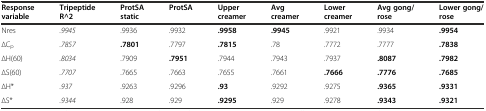
<table><thead><tr><td><b>Response variable</b></td><td><b>Tripeptide R^2</b></td><td><b>ProtSA static</b></td><td><b>ProtSA</b></td><td><b>Upper creamer</b></td><td><b>Avg creamer</b></td><td><b>Lower creamer</b></td><td><b>Avg gong/rose</b></td><td><b>Lower gong/rose</b></td></tr></thead><tbody><tr><td>Nres</td><td><i>.9945</i></td><td>.9936</td><td>.9932</td><td><b>.9958</b></td><td><b>.9945</b></td><td>.9921</td><td>.9934</td><td><b>.9954</b></td></tr><tr><td>∆C<sub>p</sub></td><td><i>.7857</i></td><td><b>.7801</b></td><td>.7797</td><td><b>.7815</b></td><td>.78</td><td>.7772</td><td>.7777</td><td><b>.7838</b></td></tr><tr><td>∆H(60)</td><td><i>.8034</i></td><td>.7909</td><td><b>.7951</b></td><td>.7944</td><td>.7943</td><td>.7937</td><td><b>.8087</b></td><td><b>.7982</b></td></tr><tr><td>∆S(60)</td><td><i>.7707</i></td><td>.7665</td><td>.7663</td><td>.7655</td><td>.7661</td><td><b>.7666</b></td><td><b>.7776</b></td><td><b>.7685</b></td></tr><tr><td>∆H*</td><td><i>.937</i></td><td>.9263</td><td>.9296</td><td><b>.93</b></td><td>.9292</td><td>.9275</td><td><b>.9365</b></td><td><b>.9331</b></td></tr><tr><td>∆S*</td><td><i>.9344</i></td><td>.928</td><td>.929</td><td><b>.9295</b></td><td>.929</td><td>.9278</td><td><b>.9343</b></td><td><b>.9321</b></td></tr></tbody></table>